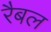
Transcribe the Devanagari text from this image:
रैबल